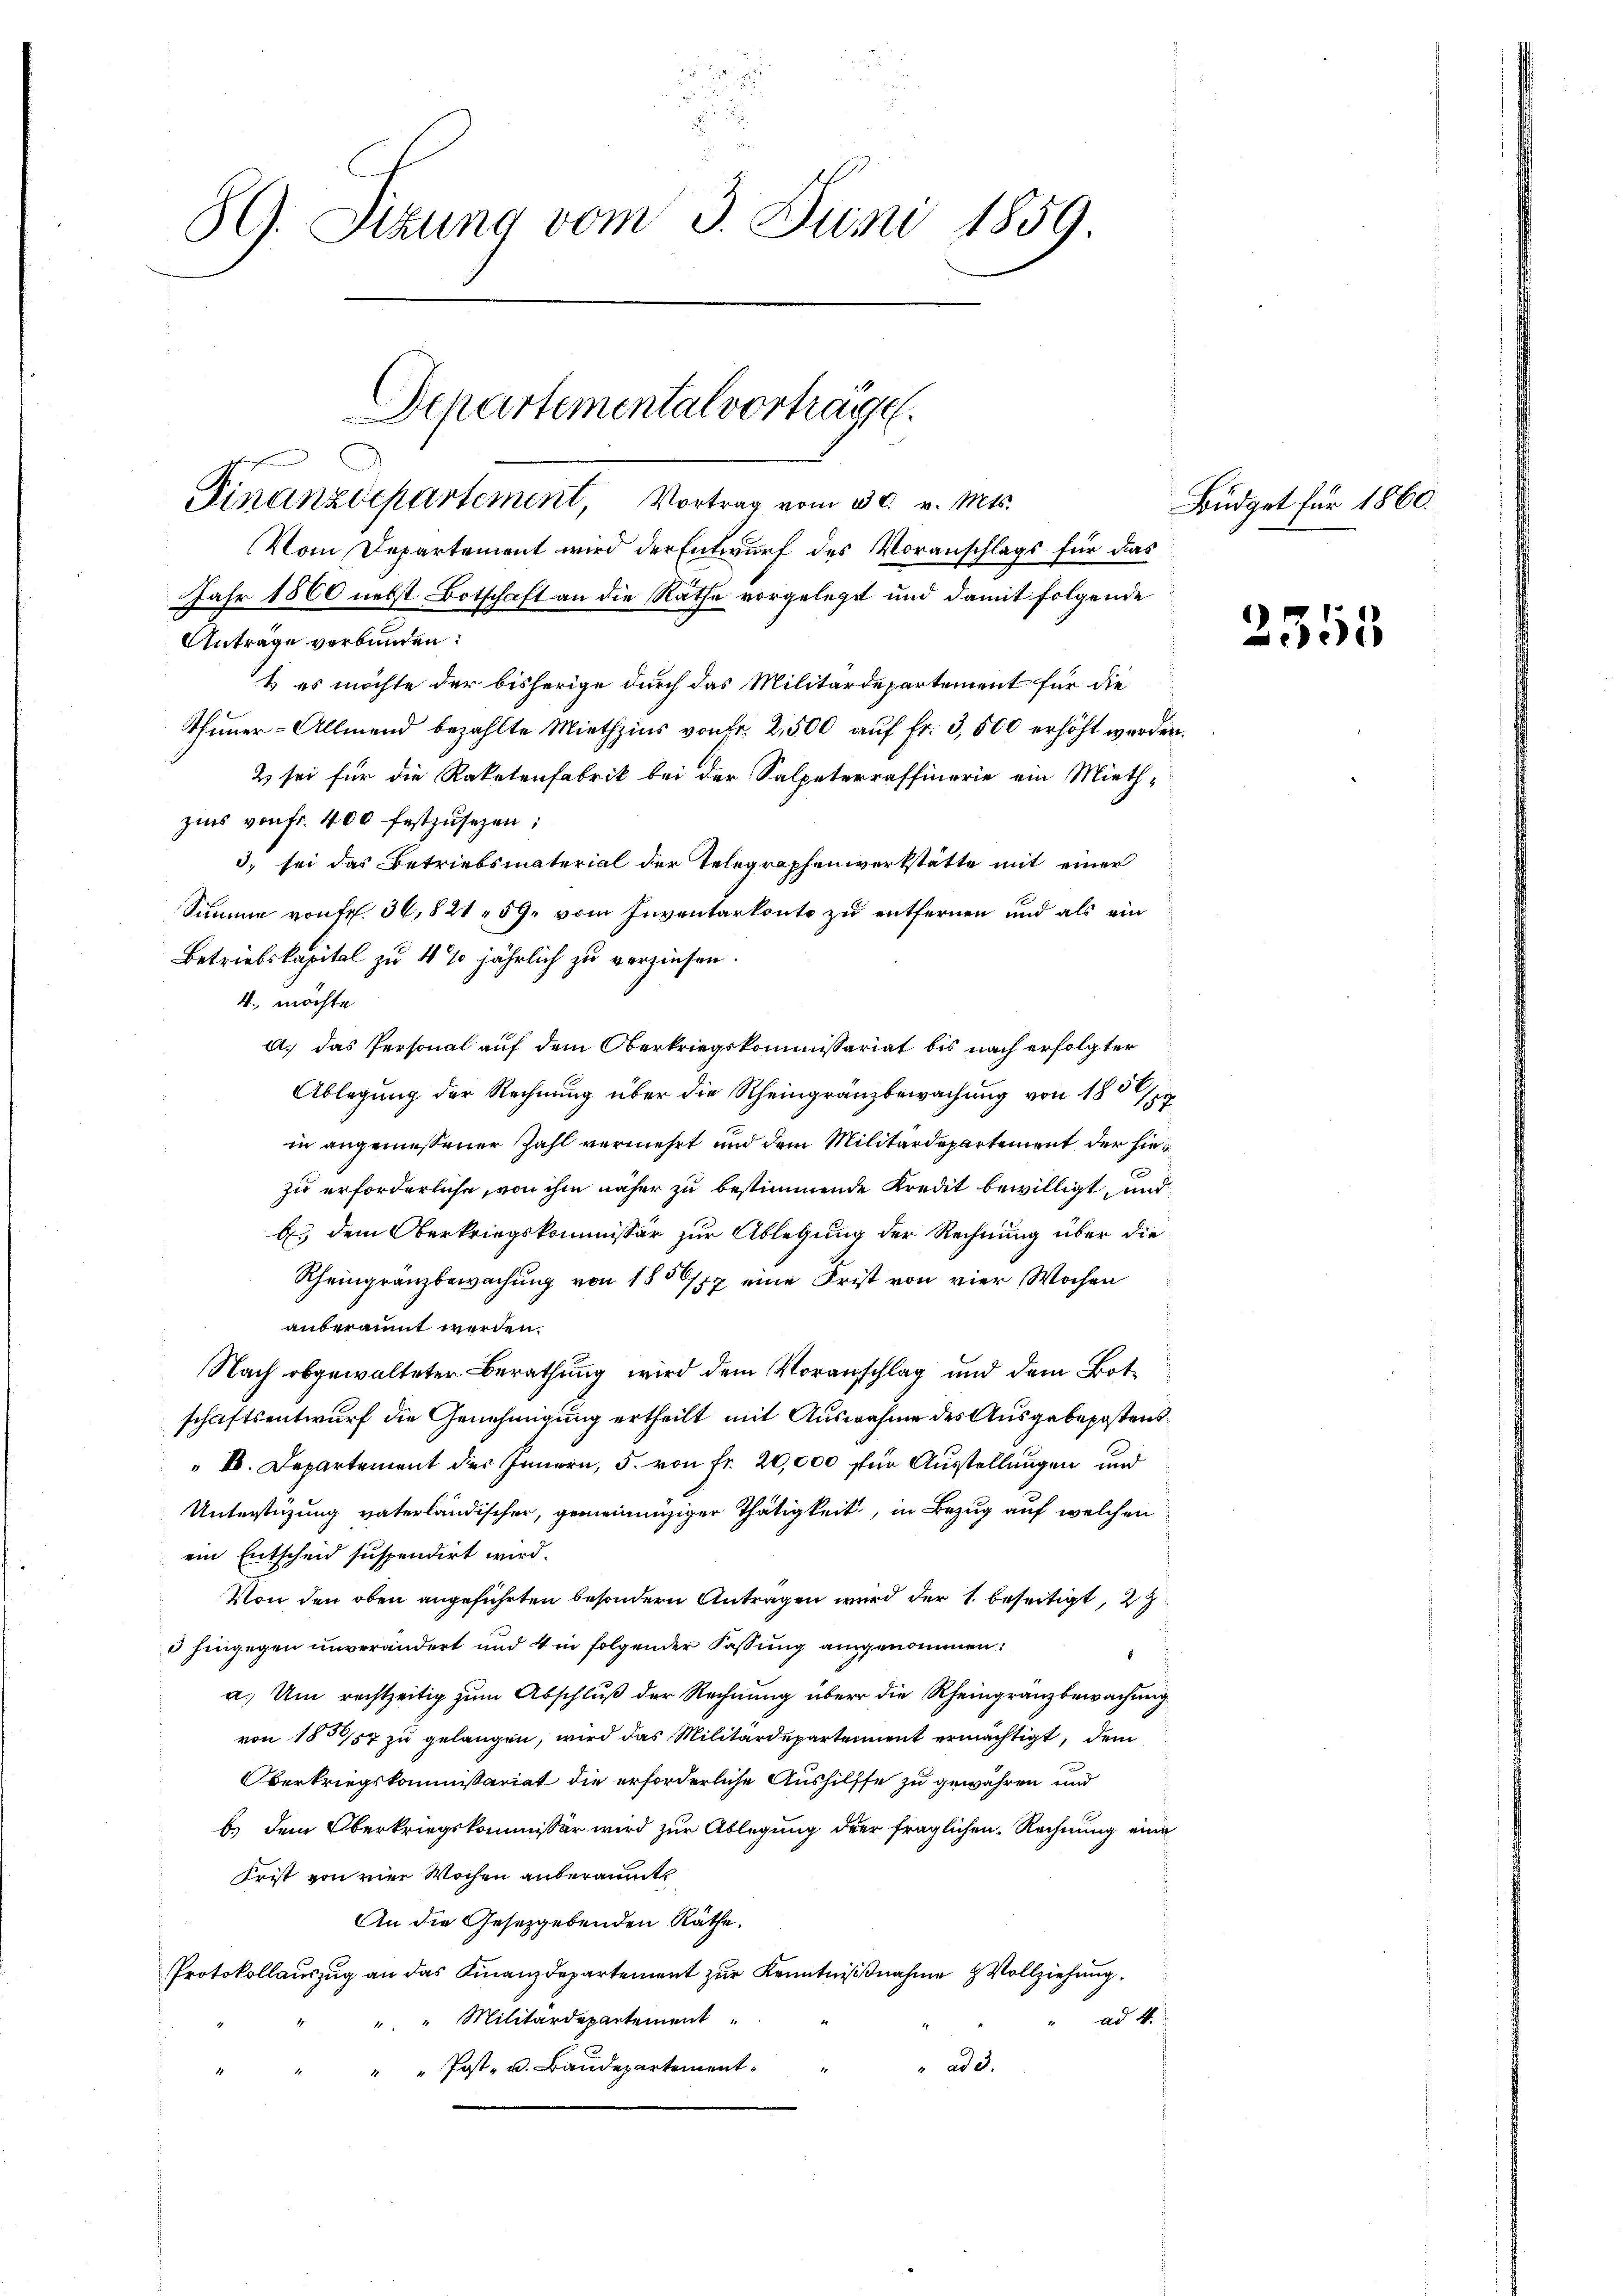
59. Sitzung vom 3. Juni 1859.

Departemental vorträge.
Finanzdepartement, Vortrag vom 30. v. Mts.

Vom Departement wird der Entwurf des Voranschlags für das
Jahr 1860 nebst Botschaft an die Rathe vorgelegt und damit folgende
Anträge verbunden:
& es möchte der bisherige durch das Militärdepartement für die
Thuner-Allmend bezahlte Miethzins von Fr. 2,500 aŭf fr. 3,500 erhöht werden.
2 sei für die Raketenfabrik bei der Salpeterraffinerie ein Mieth-
zins von fr. 400 festzusehen;
3) sei das Betriebsmaterial der Telegraphenwerkstätte mit einer
Summe von fr. 36,821. 59. vom Inventarkonto zu entfernen und als ein
Betriebskapital zu 4% jährlich zu verzinsen.
4. möchte
a das Personal auf dem Oberkriegskommissariat bis nach erfolgter
Ablegung der Rechnung über die Rheingränzbewachung von 180/
in angemessener Zahl vermehrt und dem Militärdepartement der hiezu erforderliche, von ihm näher zu bestimmende Kredit bewilligt, und
bs dem Oberkriegskommissär zur Ablegung der Rechnung über die¬
Rheingranzbewachung von 180/12 eine Frist von vier Wochen
anbpräumt werden.
Nach obgewalteter Berathung wird dem Voranschlag und dem Botschaftsentwurf die Genehmigung ertheilt mit Auswahne des Ausgabepostens
" I. Departement des Innern, 5. von fr. 20,000 für Ausstellungen und
Unterstüzung vaterländischer, gemeinnüziger Thätigkeit, in Bezug auf welchen
ein Entscheid suspendirt wird.
Von den oben angeführten besondern Antragen wird der 1. beseitigt, 2
d hingegen unverändert und 4 in folgender Fassung angenommen:
a. Um rechtzeitig zum Abschluß der Rechnung über die Rheingranzbewachung
von 1858/57 zu gelangen, wird das Militärdepartement ermächtigt, dem
Oberkriegskommissariat die erforderliche Aushilfte zu gewähren und
b) dem Oberkriegskommissär wird zur Ablegung der fraglichen Rechnung eine
Frist von vier Wochen anberaumte
An die Gesetzgebenden Räthe.
Protokollauszug an das Finanzdepartement zur Kenntnisnahme & Vollziehung.
" " Militärdepartement
ad 4.
" ad 3.
" Post- u. Baudepartement¬

Büdget für 1860.

2355